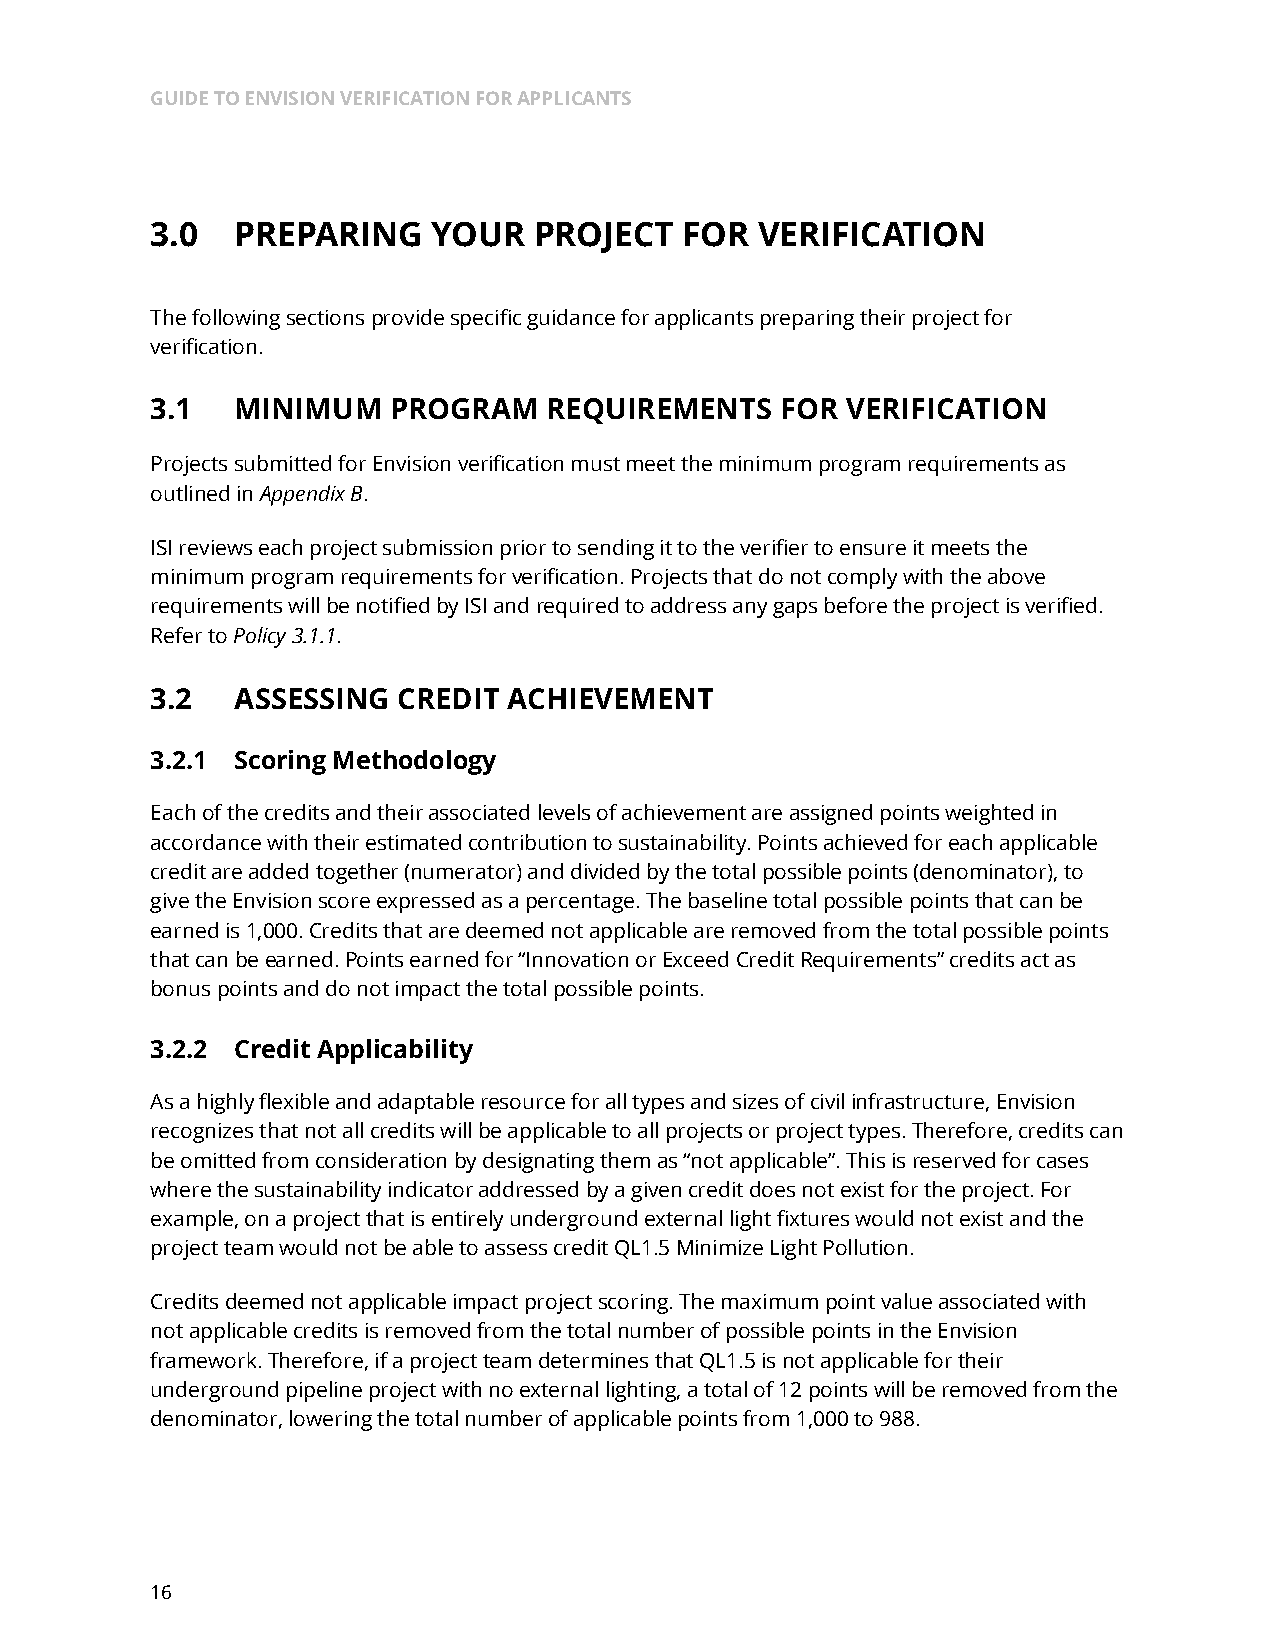
GUIDE TO ENVISION VERIFICATION FOR APPLICANTS
 3.0   PREPARING    YOUR  PROJECT   FOR  VERIFICATION
 The following sections provide specific guidance for applicants preparing their project for
 verification.
 3.1   MINIMUM   PROGRAM   REQUIREMENTS    FOR VERIFICATION
 Projects submitted for Envision verification must meet the minimum program requirements as
 outlined in Appendix B.
 ISI reviews each project submission prior to sending it to the verifier to ensure it meets the
 minimum program requirements for verification. Projects that do not comply with the above
 requirements will be notified by ISI and required to address any gaps before the project is verified.
 Refer to Policy 3.1.1.
 3.2   ASSESSING CREDIT  ACHIEVEMENT
 3.2.1 Scoring Methodology
 Each of the credits and their associated levels of achievement are assigned points weighted in
 accordance with their estimated contribution to sustainability. Points achieved for each applicable
 credit are added together (numerator) and divided by the total possible points (denominator), to
 give the Envision score expressed as a percentage. The baseline total possible points that can be
 earned is 1,000. Credits that are deemed not applicable are removed from the total possible points
 that can be earned. Points earned for “Innovation or Exceed Credit Requirements” credits act as
 bonus points and do not impact the total possible points.
 3.2.2 Credit Applicability
 As a highly flexible and adaptable resource for all types and sizes of civil infrastructure, Envision
 recognizes that not all credits will be applicable to all projects or project types. Therefore, credits can
 be omitted from consideration by designating them as “not applicable”. This is reserved for cases
 where the sustainability indicator addressed by a given credit does not exist for the project. For
 example, on a project that is entirely underground external light fixtures would not exist and the
 project team would not be able to assess credit QL1.5 Minimize Light Pollution.
 Credits deemed not applicable impact project scoring. The maximum point value associated with
 not applicable credits is removed from the total number of possible points in the Envision
 framework. Therefore, if a project team determines that QL1.5 is not applicable for their
 underground pipeline project with no external lighting, a total of 12 points will be removed from the
 denominator, lowering the total number of applicable points from 1,000 to 988.
 16